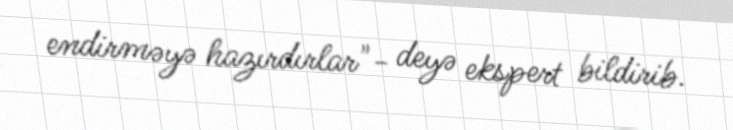
endirməyə hazırdırlar"- deyə ekspert bildirib.